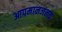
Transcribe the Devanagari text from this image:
आपमानजनक